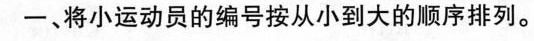
-、将小运动员的编号按从小到大的顺序排列。